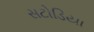
સટોડિયા